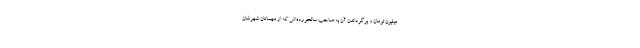
میلیون تومان و برگرداندن آن به صاحب سالخورده‌اش که از مهمانان شهرشان